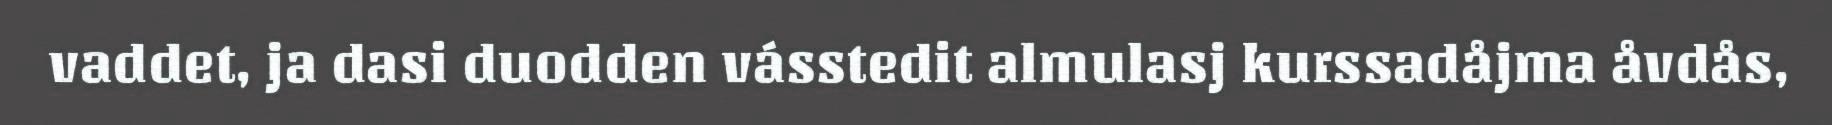
vaddet, ja dasi duodden vásstedit almulasj kurssadåjma åvdås,